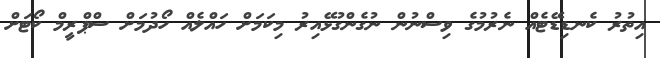
އިތުރު ކެނޑިޑޭޓެއް ނެރުމުގެ ވިސްނުން ނުގެންގުޅޭއިރު މިކަމަށް ހައްލެއް ހޯދުމަށް ސްޕްރީމް ކޯޓަށް